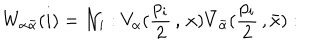
W _ { \alpha \bar { \alpha } } ( i ) = { \cal N } _ { i } : V _ { \alpha } ( \frac { p _ { i } } { 2 } \, , \, x ) \bar { V } _ { \bar { \alpha } } ( \frac { p _ { i } } { 2 } \, , \bar { x } ) :